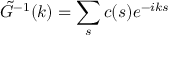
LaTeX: \tilde { G } ^ { - 1 } ( k ) = \sum _ { s } c ( s ) e ^ { - i k s }